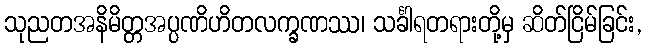
သုညတအနိမိတ္တအပ္ပဏိဟိတလက္ခဏဿ၊ သင်္ခါရတရားတို့မှ ဆိတ်ငြိမ်ခြင်း,